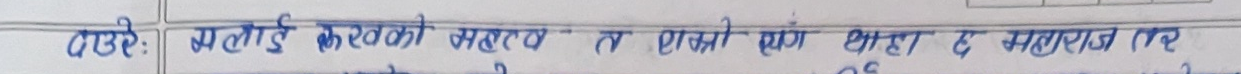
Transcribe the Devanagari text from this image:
गरे: मलाई करकको सहयोग त राजको संग थाहा छ महाराज तिर